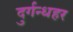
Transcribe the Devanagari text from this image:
दुर्गन्धहर